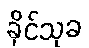
ခိုင်သုခ